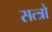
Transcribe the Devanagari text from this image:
सत्त्रो